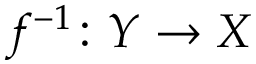
f ^ { - 1 } \colon Y \to X